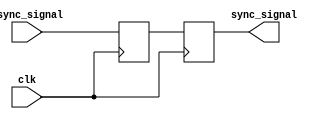
module synchronizer #(parameter width = 1) (
    input [width-1:0] async_signal,
    input clk,
    output [width-1:0] sync_signal
);
    // Create your 2 flip-flop synchronizer here
    // This module takes in a vector of 1-bit asynchronous (from different clock domain or not clocked) signals
    // and should output a vector of 1-bit synchronous signals that are synchronized to the input clk

    reg [width-1:0] ff1=0;
    reg [width-1:0] ff2=0;
    
    
    always @(posedge clk) begin
        ff1 <= async_signal;
        ff2 <= ff1;
    end
    
    assign sync_signal = ff2;
    
endmodule